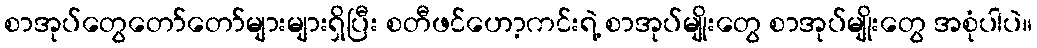
စာအုပ်တွေတော်တော်များများရှိပြီး စတီဖင်ဟော့ကင်းရဲ့ စာအုပ်မျိုးတွေ စာအုပ်မျိုးတွေ အစုံပါပဲ။